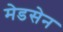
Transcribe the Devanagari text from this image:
मेडसेन